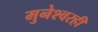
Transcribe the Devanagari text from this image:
मुनेश्वरही